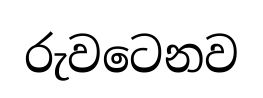
රුවටෙනව